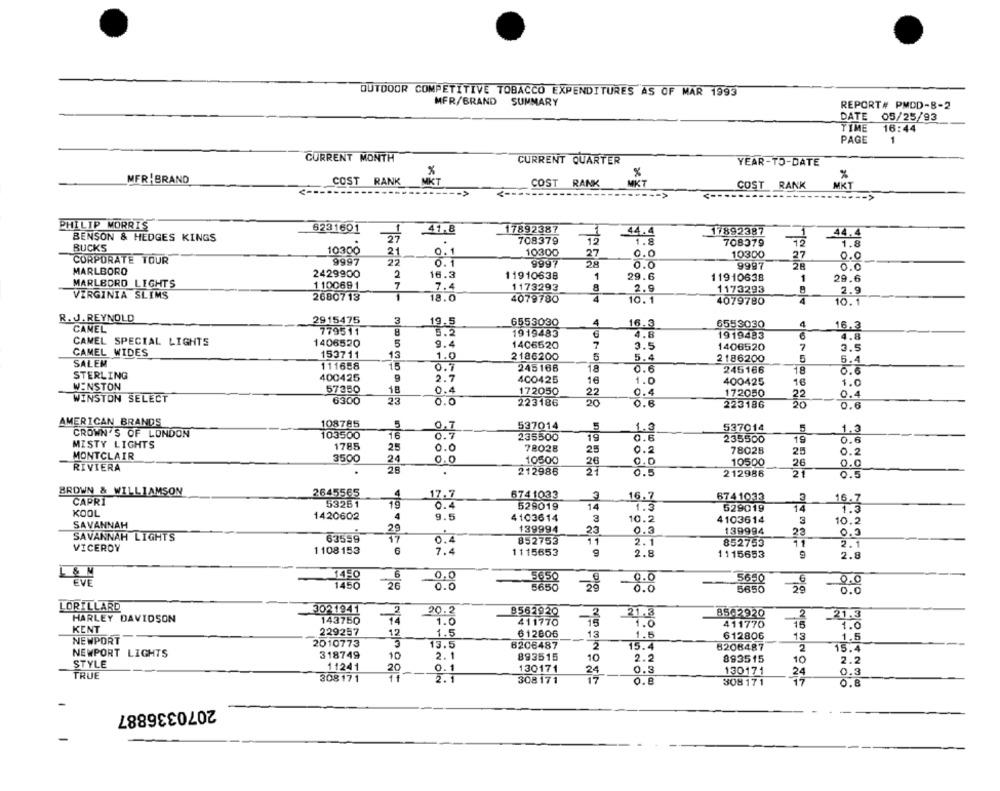
OUTDOOR COMPETITIVE TOBACCO EXPENDITURES AS OF MAR 1993
MFR/BRAND
SUMMARY
REPORT# PMDD-8-2
DATE 05/25/93
TIME
16:44
PAGE
1
CURRENT MONTH
CURRENT QUARTER
YEAR-TO-DATE
%
MFR BRAND
COST RANK
MKT
MKT
%
COST RANK
COST RANK
MKT
----- >
---- >
PHILIP MORRIS
6231601
41,8
17892387
BENSON & HEDGES KINGS
27
1
44.4
17892387
44.4
708379
1.8
708379
12
1.8
BUCKS
10300
21
0.1
10300
27
0.0
10300
CORPORATE TOUR
9997
22
27
0.
0.1
9997
6.0
9997
28
0.0
MARLBORO
2429900
2
16.3
11910638
1
29.6
11910638
1
29.6
MARLBORO LIGHTS
1100691
7
8
7.4
1173293
2.9
1173293
8
2.9
VIRGINIA SLIMS
2680713
1
18.0
4079780
4
10.1
4079780
10.1
R. J. REYNOLD
2915475
3
19.5
6553030
4
16.5
6553030
4
CANEL
779511
8
3.2
1919483
16.3
6
4.8
1919483
6
4.8
CAMEL SPECIAL LIGHTS
1406520
5
9.4
1406520
7
3.5
1406520
7
3.5
CAMEL WIDES
153711
13
1.0
2186200
5
5.4
SALEM
2186200
5
6.4
111658
15
0.7
245166
18
0.6
245166
18
STERLING
400425
9
2.7
400425
16
1.0
WINSTON
57350
18
400425
16
1.0
0.4
172050
0.4
172050
WINSTON SELECT
6300
23
0.0
223186
0.6
223186
0.4
AMERICAN BRANDS
108785
5
0,7
537014
1.3
537014
5
CROWN'S OF LONDON
103500
0.7
235500
19
1,3
MISTY LIGHTS
0.6
235500
15
0.6
1785
25
0.0
78028
25
0.
78028
25
0.2
MONTCLAIR
3500
24
0.0
10500
RIVIERA
26
0.0
10500
26
28
212986
21
0.5
212986
21
0.9
BROWN & WILLIAMSON
2645565
17.7
6741033
3
16.7
6741033
CAPRI
53251
0.4
529019
14
1.5
16.7
KOOL
529019
14
1.5
1420602
4
9.5
4103614
3
10.2
4103614
3
10.2
SAVANNAH
29
139994
23
0.3
139994
SAVANNAH LIGHTS
63559
17
0.0
0.4
852753
11
2.1
852753
11
2.1
VICEROY
1108153
6
7.4
1115653
9
2.8
1115653
2.8
0,0
5650
EVE
1450
26
€
0.0
-0 . 0
5650
29
LORILLARD
3021941
2
20.2
HARLEY DAVIDSON
B562920
85-2920
2
21.3
143750
14
1.0
411770
1.0
411770
15
1.0
KENT
229257
12
1.5
612806
NEWPORT
3
13
1.5
612806
13
1.5
2010773
13.5
6206487
3
15.4
8208487
2
15.4
NEWPORT LIGHTS
318749
10
2.1
893515
2.2
893515
STYLE
10
10
2.2
11241
20
0.1
130171
24
0.3
130171
24
0.3
TRUE
308171
11
2.1
308171
0.8
308 171
0.8
2070336887